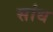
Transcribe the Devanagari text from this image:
सांध